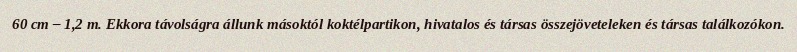
60 cm – 1,2 m. Ekkora távolságra állunk másoktól koktélpartikon, hivatalos és társas összejöveteleken és társas találkozókon.